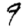
Digit: 9